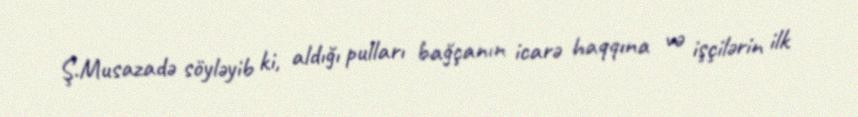
Ş.Musazadə söyləyib ki, aldığı pulları bağçanın icarə haqqına və işçilərin ilk